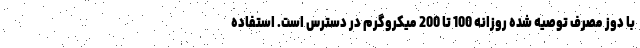
با دوز مصرف توصیه شده روزانه 100 تا 200 میکروگرم در دسترس است. استفاده